Vaccination in the Punjab 1883-1896 - 1883-1896
Year: 1883
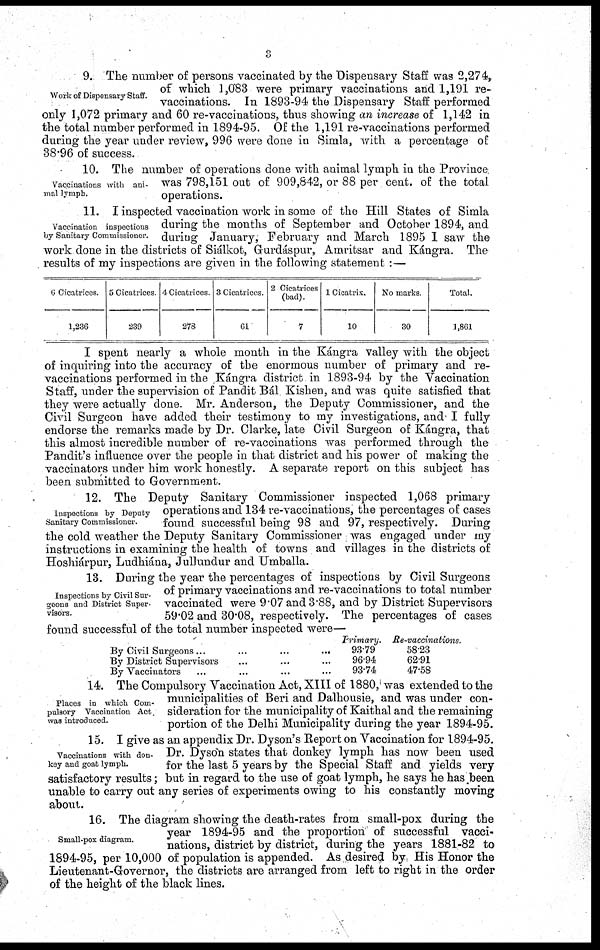
3
Work of Dispensary Staff.
9. The number of persons vaccinated by the Dispensary Staff was 2,274,
of which 1,083 were primary vaccinations and 1,191 re¬
vaccinations. In 1893-94 the Dispensary Staff performed
only 1,072 primary and 60 re-vaccinations, thus showing an increase of 1,142 in
the total number performed in 1894-95. Of the 1,191 re-vaccinations performed
during the year under review, 996 were done in Simla, with a percentage of
38.96 of success.
Vaccinations with ani-
mal lymph.
10. The number of operations done with animal lymph in the Province
was 798,151 out of 909,842, or 88 per cent. of the total
operations.
Vaccination inspections
by Sanitary Commissioner.
11. I inspected vaccination work in some of the Hill States of Simla
during the months of September and October 1894, and
during January, February and March 1895 I saw the
work done in the districts of Siálkot, Gurdáspur, Amritsar and Kángra. The
, results of my inspections are given in the following statement :—
6 Cicatrices.
1,236
5 Cicatrices
239
4 Cicatrices
278
3 Cicatrices.
61
2 Cicatrices
(bad).
7
1 Cicatrix.
10
No marks.
30
Total.
1,861
I spent nearly a whole month in the Kángra valley with the object
of inquiring into the accuracy of the enormous number of primary and re¬
vaccinations performed in the Kángra district in 1893-94 by the Vaccination
Staff, under the supervision of Pandit Bál Kishen, and was quite satisfied that
they were actually done. Mr. Anderson, the Deputy Commissioner, and the
Civil Surgeon have added their testimony to my investigations, and I fully
endorse the remarks made by Dr. Clarke, late Civil Surgeon of Kángra, that
this almost incredible number of re-vaccinations was performed through the
Pandit's influence over the people in that district and his power of making the
vaccinators under him work honestly. A separate report on this subject has
been submitted to Government.
Inspections by Deputy
Sanitary Commissioner.
12. The Deputy Sanitary Commissioner inspected 1,068 primary
operations and 134 re-vaccinations, the percentages of cases
found successful being 98 and 97, respectively. During
the cold weather the Deputy Sanitary Commissioner was engaged under my
instructions in examining the health of towns and villages in the districts of
Hoshiárpur, Ludhiána, Jullundur and Umballa.
Inspections by Civil Sur-
geons and District Super-
visors.
13. During the year the percentages of inspections by Civil Surgeons
of primary vaccinations and re-vaccinations to total number
vaccinated were 9.07 and 3.88, and by District Supervisors
59.02 and 30.08, respectively. The percentages of cases
found successful of the total number inspected were—
By Civil Surgeons
...
...
...
...
By District Supervisors ... ... ...
By Vaccinators ... ... ... ...
Primary.
93.79
96.94
93.74
Re-vaccinations.
58.23
62.91
47.58
Places in which Com-
pulsory Vaccination Act
was introduced.
14. The Compulsory Vaccination Act, XIII of 1880, was extended to the
municipalities of Beri and Dalhousie, and was under con-
sideration for the municipality of Kaithal and the remaining
portion of the Delhi Municipality during the year 1894-95.
Vaccinations with don-
key and goat lymph.
15. I give as an appendix Dr. Dyson's Report on Vaccination for 1894-95.
Dr. Dyson states that donkey lymph has now been used
for the last 5 years by the Special Staff and yields very
satisfactory results; but in regard to the use of goat lymph, he says he has been
unable to carry out any series of experiments owing to his constantly moving
about.
Small-pox diagram.
16. The diagram showing the death-rates from small-pox during the
year 1894-95 and the proportion of successful vacci-
nations, district by district, during the years 1881-82 to
1894-95, per 10,000 of population is appended. As desired by His Honor the
Lieutenant-Governor, the districts are arranged from left to right in the order
of the height of the black lines.